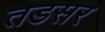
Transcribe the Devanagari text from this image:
तडसर